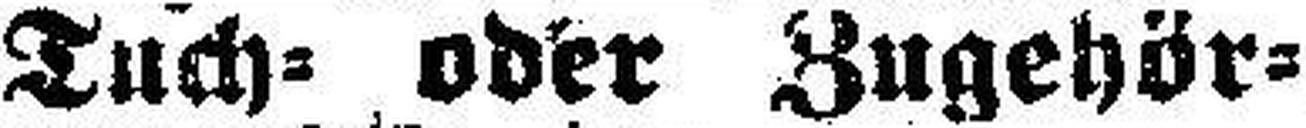
Tuch= oder Zugehör¬